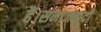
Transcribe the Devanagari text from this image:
हैं।समाजवादी